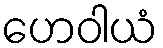
ဟေဝါယံ